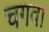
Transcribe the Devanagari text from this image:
चगवा